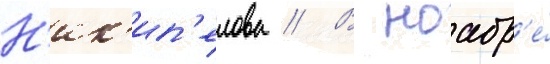
Н'ик'ип'елова // В ноабр'е́